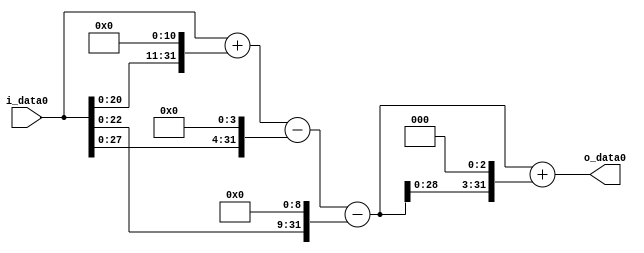
module multiplier_block (
    i_data0,
    o_data0
);

  // Port mode declarations:
  input   [31:0] i_data0;
  output  [31:0]
    o_data0;

  //Multipliers:

  wire [31:0]
    w1,
    w2048,
    w2049,
    w16,
    w2033,
    w512,
    w1521,
    w12168,
    w13689;

  assign w1 = i_data0;
  assign w12168 = w1521 << 3;
  assign w13689 = w1521 + w12168;
  assign w1521 = w2033 - w512;
  assign w16 = w1 << 4;
  assign w2033 = w2049 - w16;
  assign w2048 = w1 << 11;
  assign w2049 = w1 + w2048;
  assign w512 = w1 << 9;

  assign o_data0 = w13689;

  //multiplier_block area estimate = 6566.313589725;
endmodule